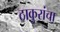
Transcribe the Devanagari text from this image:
ठाकुरांचा